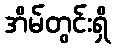
အိမ်တွင်းရှိ